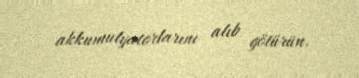
akkumulyatorlarını alıb götürün.